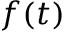
f ( t )